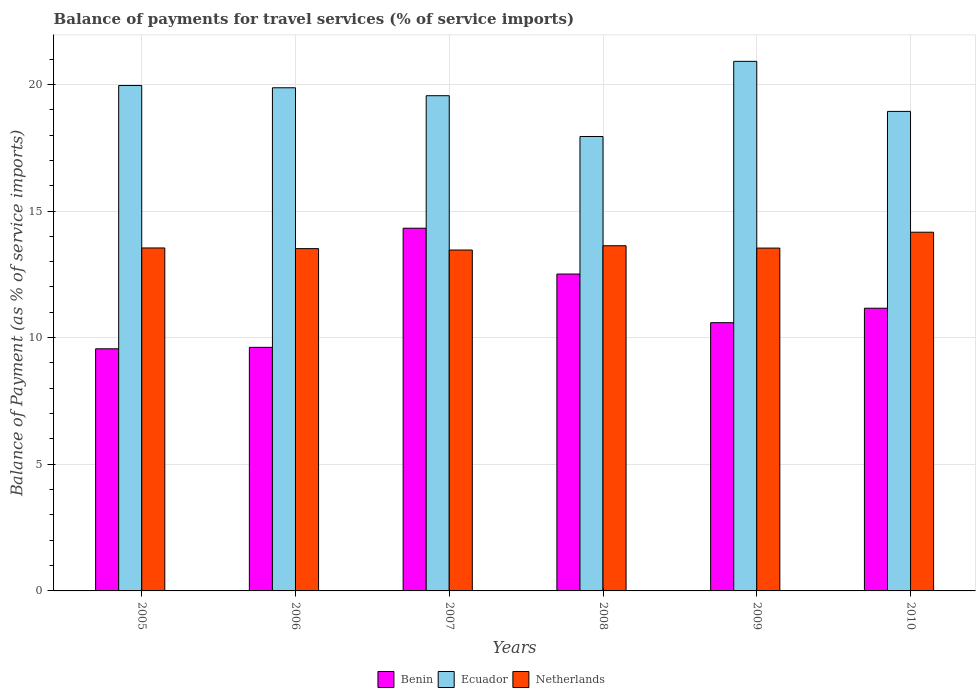
| Years | Benin | Ecuador | Netherlands |
 | --- | --- | --- | --- |
 | 2005 | 9.56 | 20 | 13.5 |
 | 2006 | 9.62 | 19.9 | 13.5 |
 | 2007 | 14.3 | 19.6 | 13.5 |
 | 2008 | 12.5 | 17.9 | 13.6 |
 | 2009 | 10.6 | 20.9 | 13.5 |
 | 2010 | 11.2 | 18.9 | 14.2 |